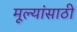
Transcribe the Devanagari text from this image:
मूल्यांसाठी